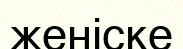
женіске